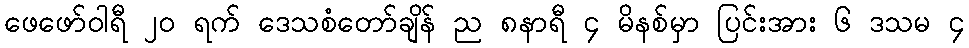
ဖေဖော်ဝါရီ ၂၀ ရက် ဒေသစံတော်ချိန် ည ၈နာရီ ၄ မိနစ်မှာ ပြင်းအား ၆ ဒသမ ၄